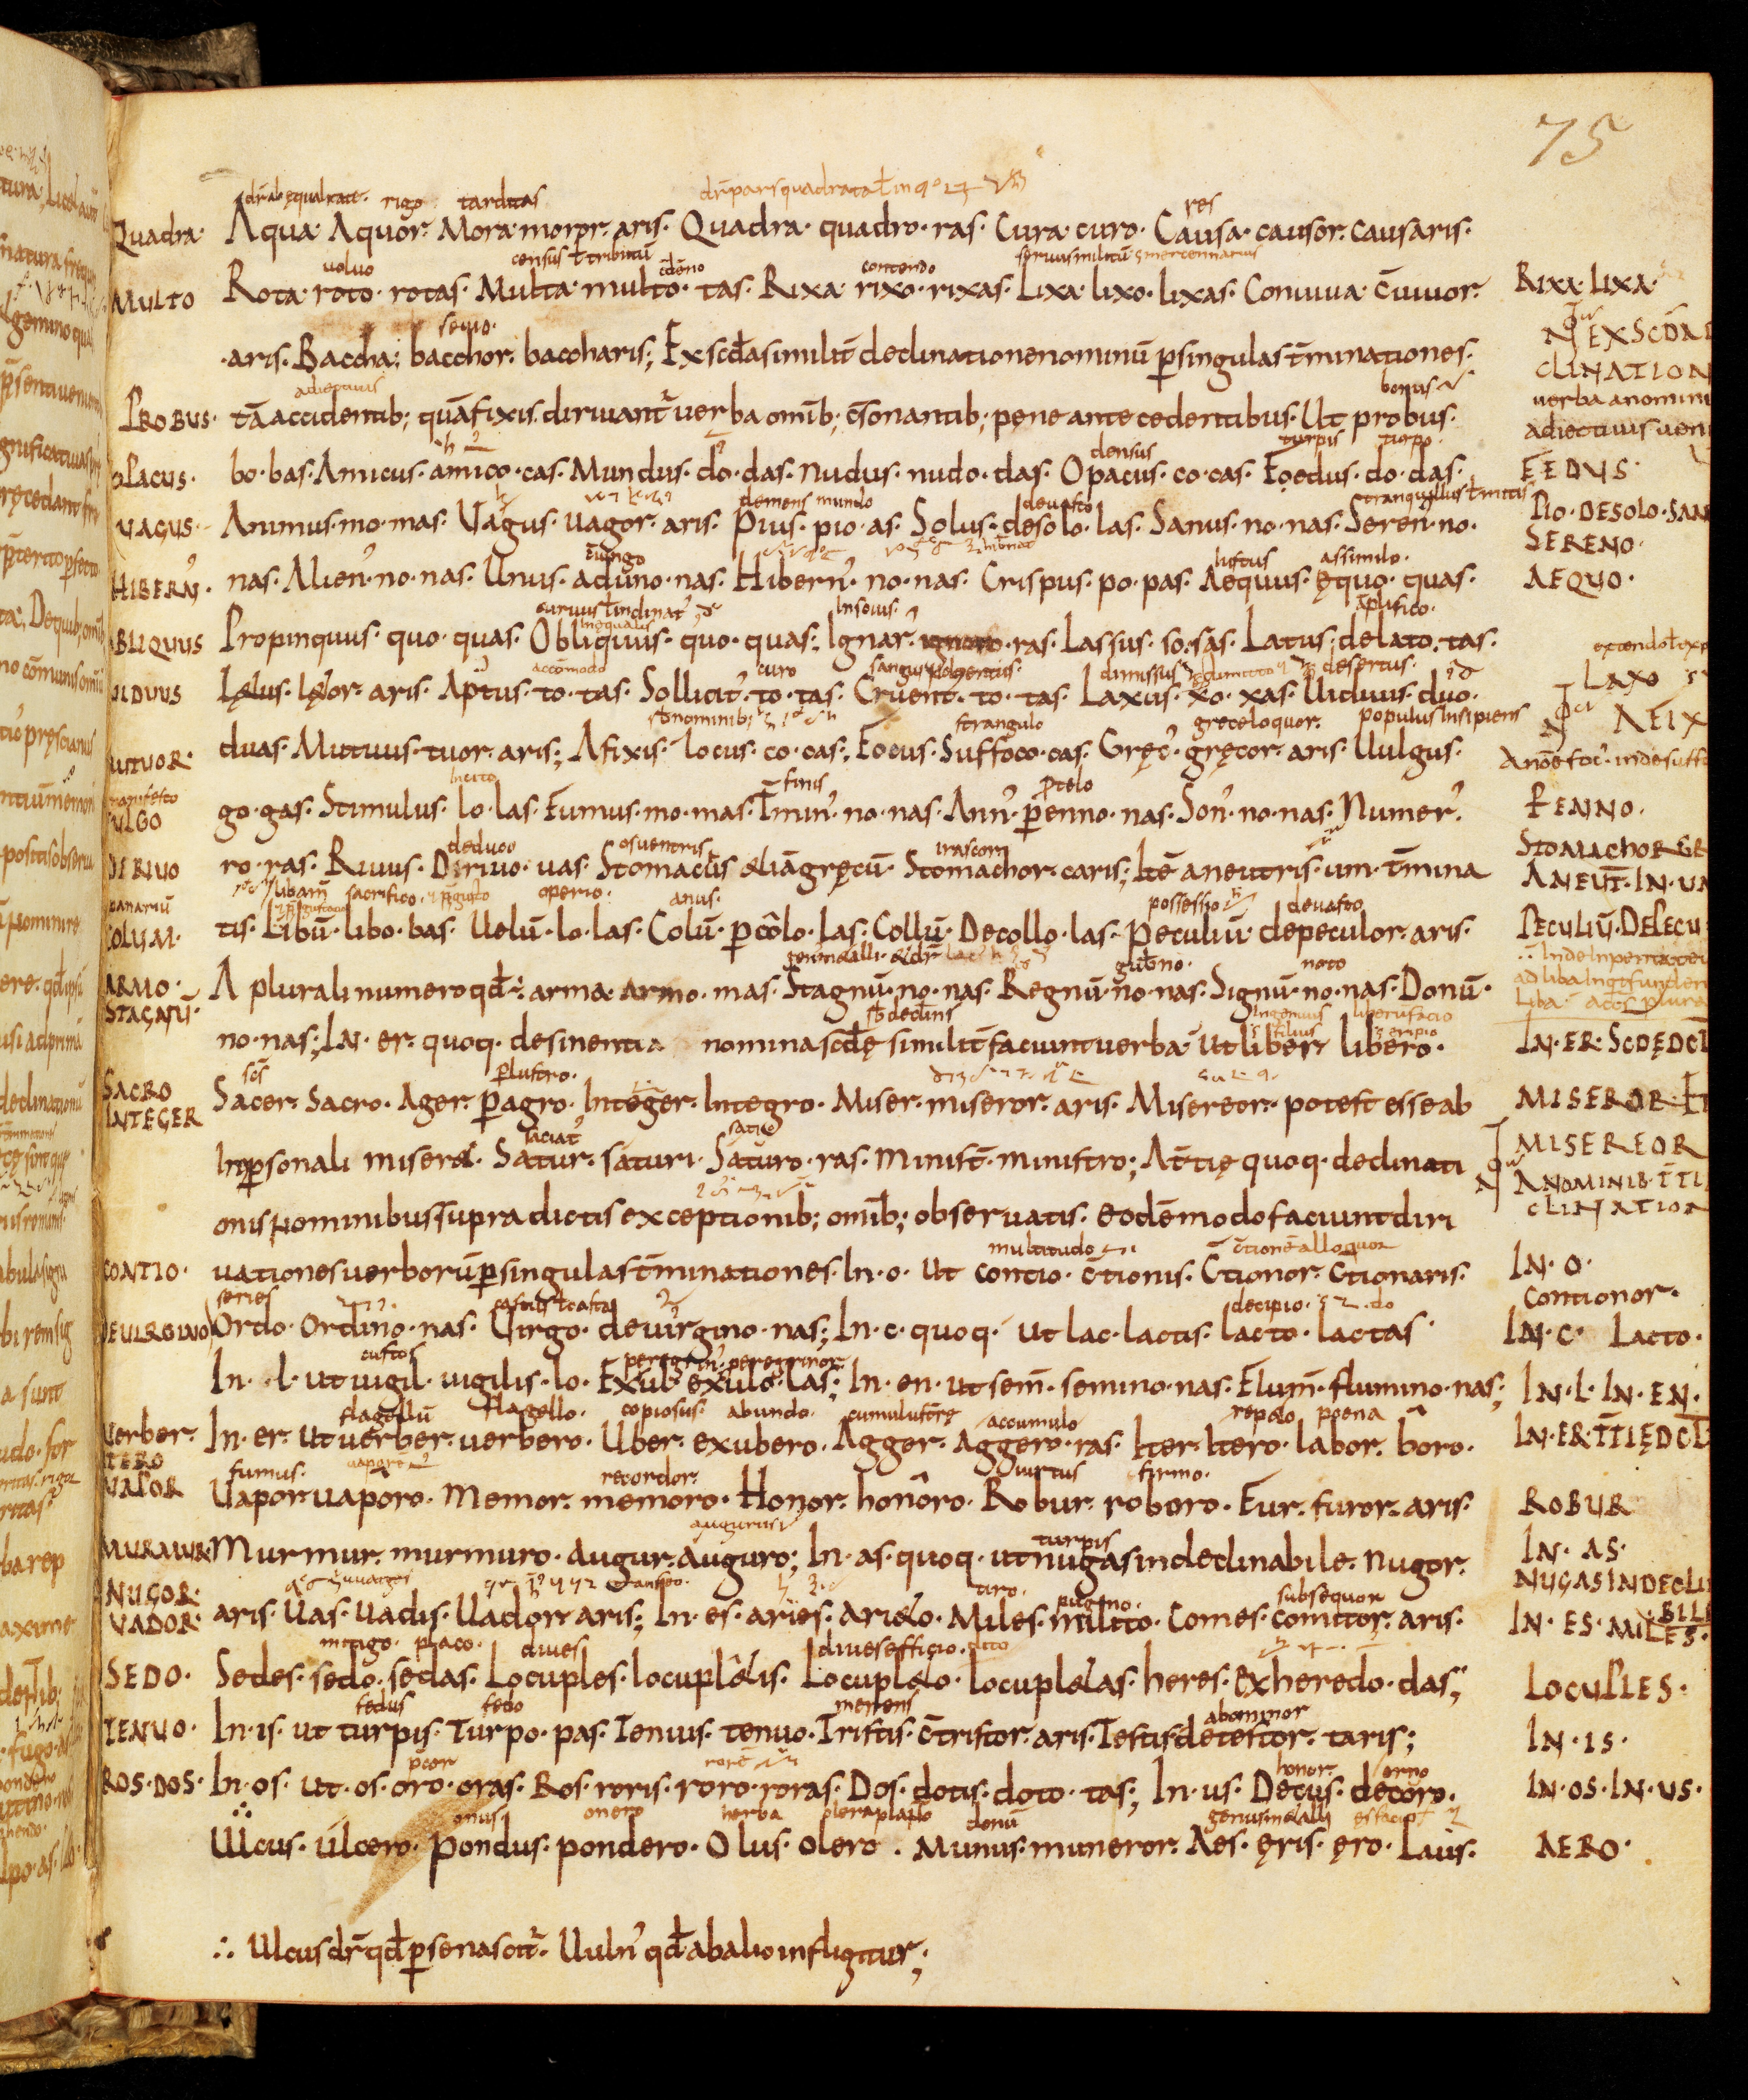
Shelfmark: Bamberg, Staatsbibliothek, MS Class. 30
Century: 9